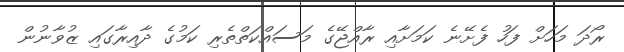
ރޯދަ މަހަށް ފަހު ފެށޭނެ ކަމަށާއި ރާއްޖޭގެ މަސައްކަތްތެރި ކަމުގެ ދާއިރާގައި ޒުވާނުން